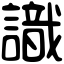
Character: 識